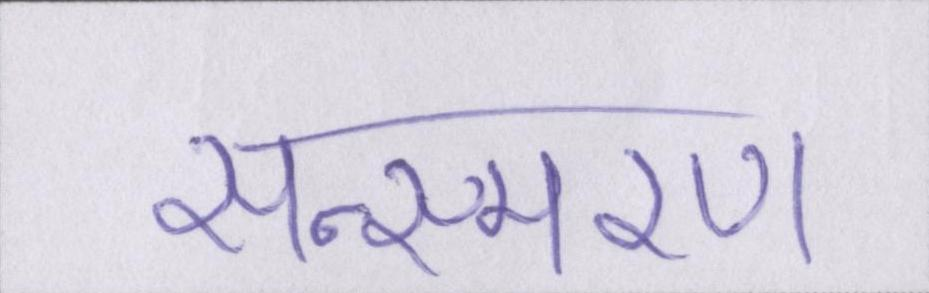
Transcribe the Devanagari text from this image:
सन्स्मरण